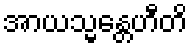
အာယသ္မန္တေဟီတိ